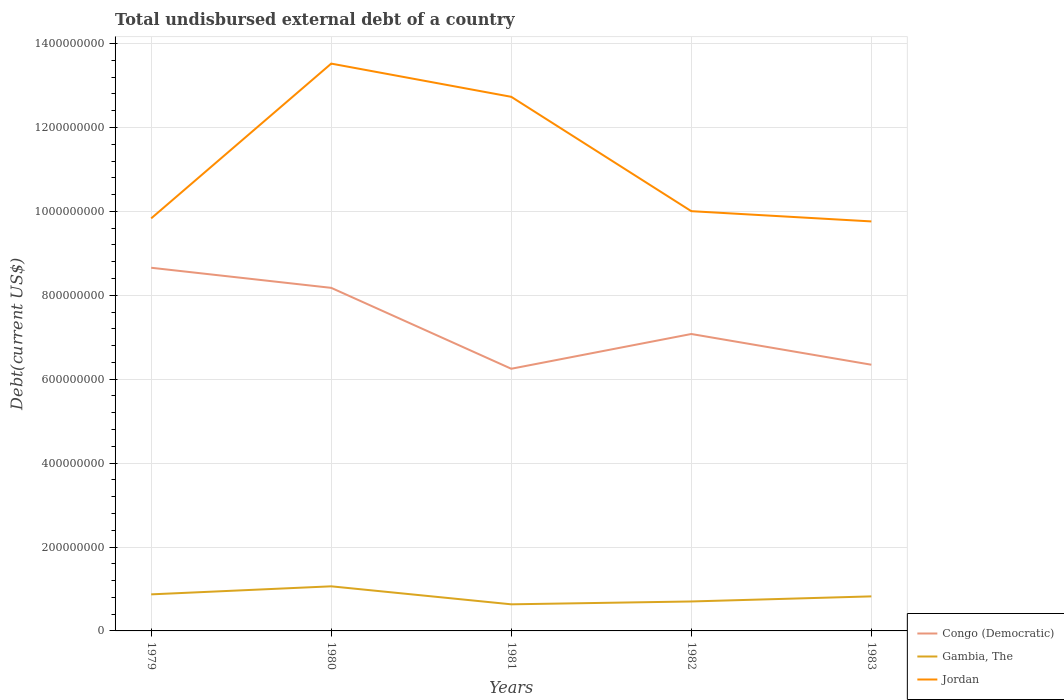
| Years | Congo (Democratic) | Gambia, The | Jordan |
 | --- | --- | --- | --- |
 | 1979 | 8.66e+08 | 8.71e+07 | 9.83e+08 |
 | 1980 | 8.18e+08 | 1.06e+08 | 1.35e+09 |
 | 1981 | 6.25e+08 | 6.34e+07 | 1.27e+09 |
 | 1982 | 7.08e+08 | 7.02e+07 | 1e+09 |
 | 1983 | 6.35e+08 | 8.24e+07 | 9.76e+08 |